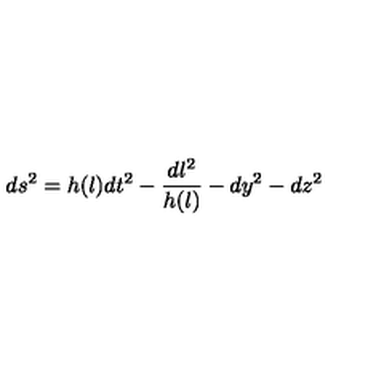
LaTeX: d s ^ { 2 } = h ( l ) d t ^ { 2 } - \frac { d l ^ { 2 } } { h ( l ) } - d y ^ { 2 } - d z ^ { 2 }